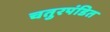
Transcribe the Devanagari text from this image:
चतुरपंडित